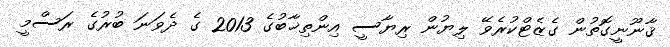
ޤާނޫނީގޮތުން ގެޒެޓްކުރެވޭ ލިޔުން ރިޔާސީ އިންތިޚާބުގެ 2013 ގެ ދެވަނަ ބުރުގެ ރަސްމީ